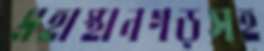
মহাস্থানগড়সহ